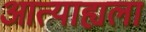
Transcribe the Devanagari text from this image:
आत्याह्यला